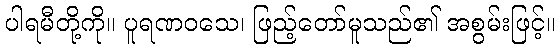
ပါရမီတို့ကို။ ပူရဏဝသေ၊ ဖြည့်တော်မူသည်၏ အစွမ်းဖြင့်။